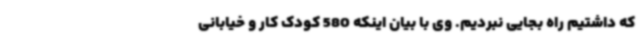
که داشتیم راه بجایی نبردیم. وی با بیان اینکه 580 کودک کار و خیابانی